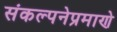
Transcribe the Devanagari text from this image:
संकल्पनेप्रमाणे